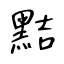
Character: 黠